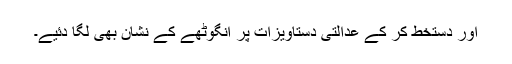
اور دستخط کر کے عدالتی دستاویزات پر انگوٹھے کے نشان بھی لگا دئیے۔